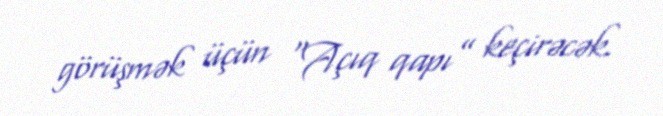
görüşmək üçün “Açıq qapı” keçirəcək.